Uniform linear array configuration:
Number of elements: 12
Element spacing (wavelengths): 0.75
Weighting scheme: binomial
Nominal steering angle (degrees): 15
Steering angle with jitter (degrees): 13.162
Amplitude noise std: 0.05
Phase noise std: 0.05

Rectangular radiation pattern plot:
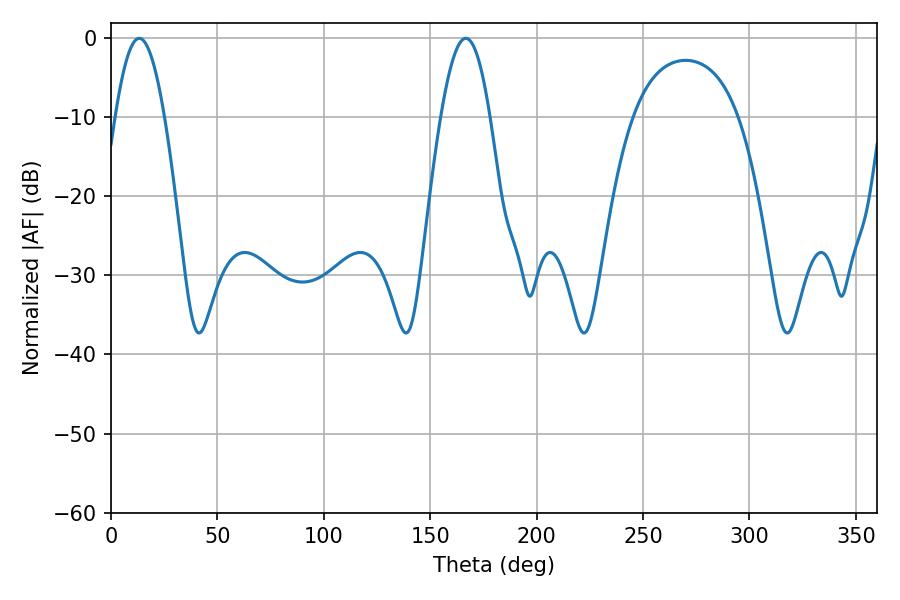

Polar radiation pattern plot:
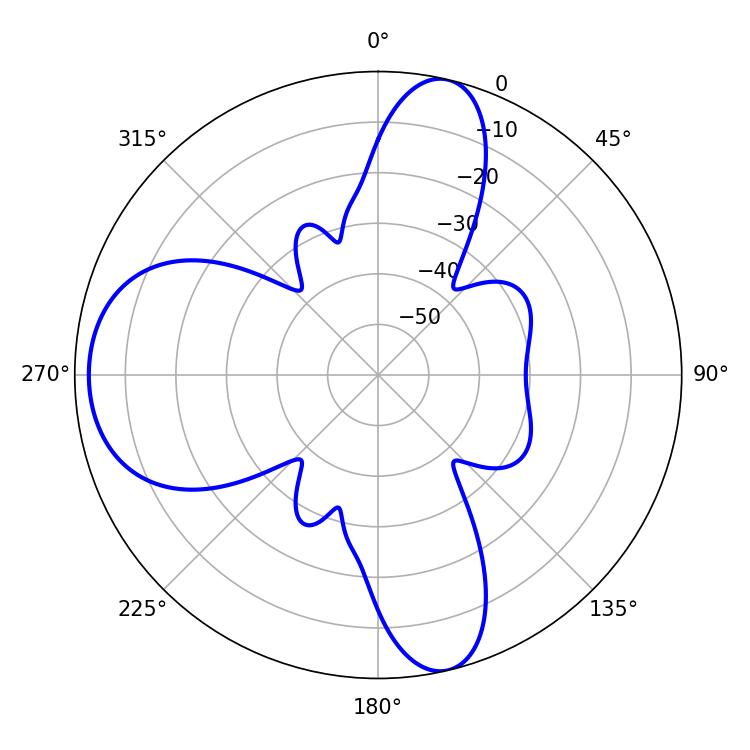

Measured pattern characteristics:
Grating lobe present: TRUE
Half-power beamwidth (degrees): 12.6
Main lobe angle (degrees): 13.32